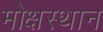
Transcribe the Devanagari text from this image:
मोक्षस्थान